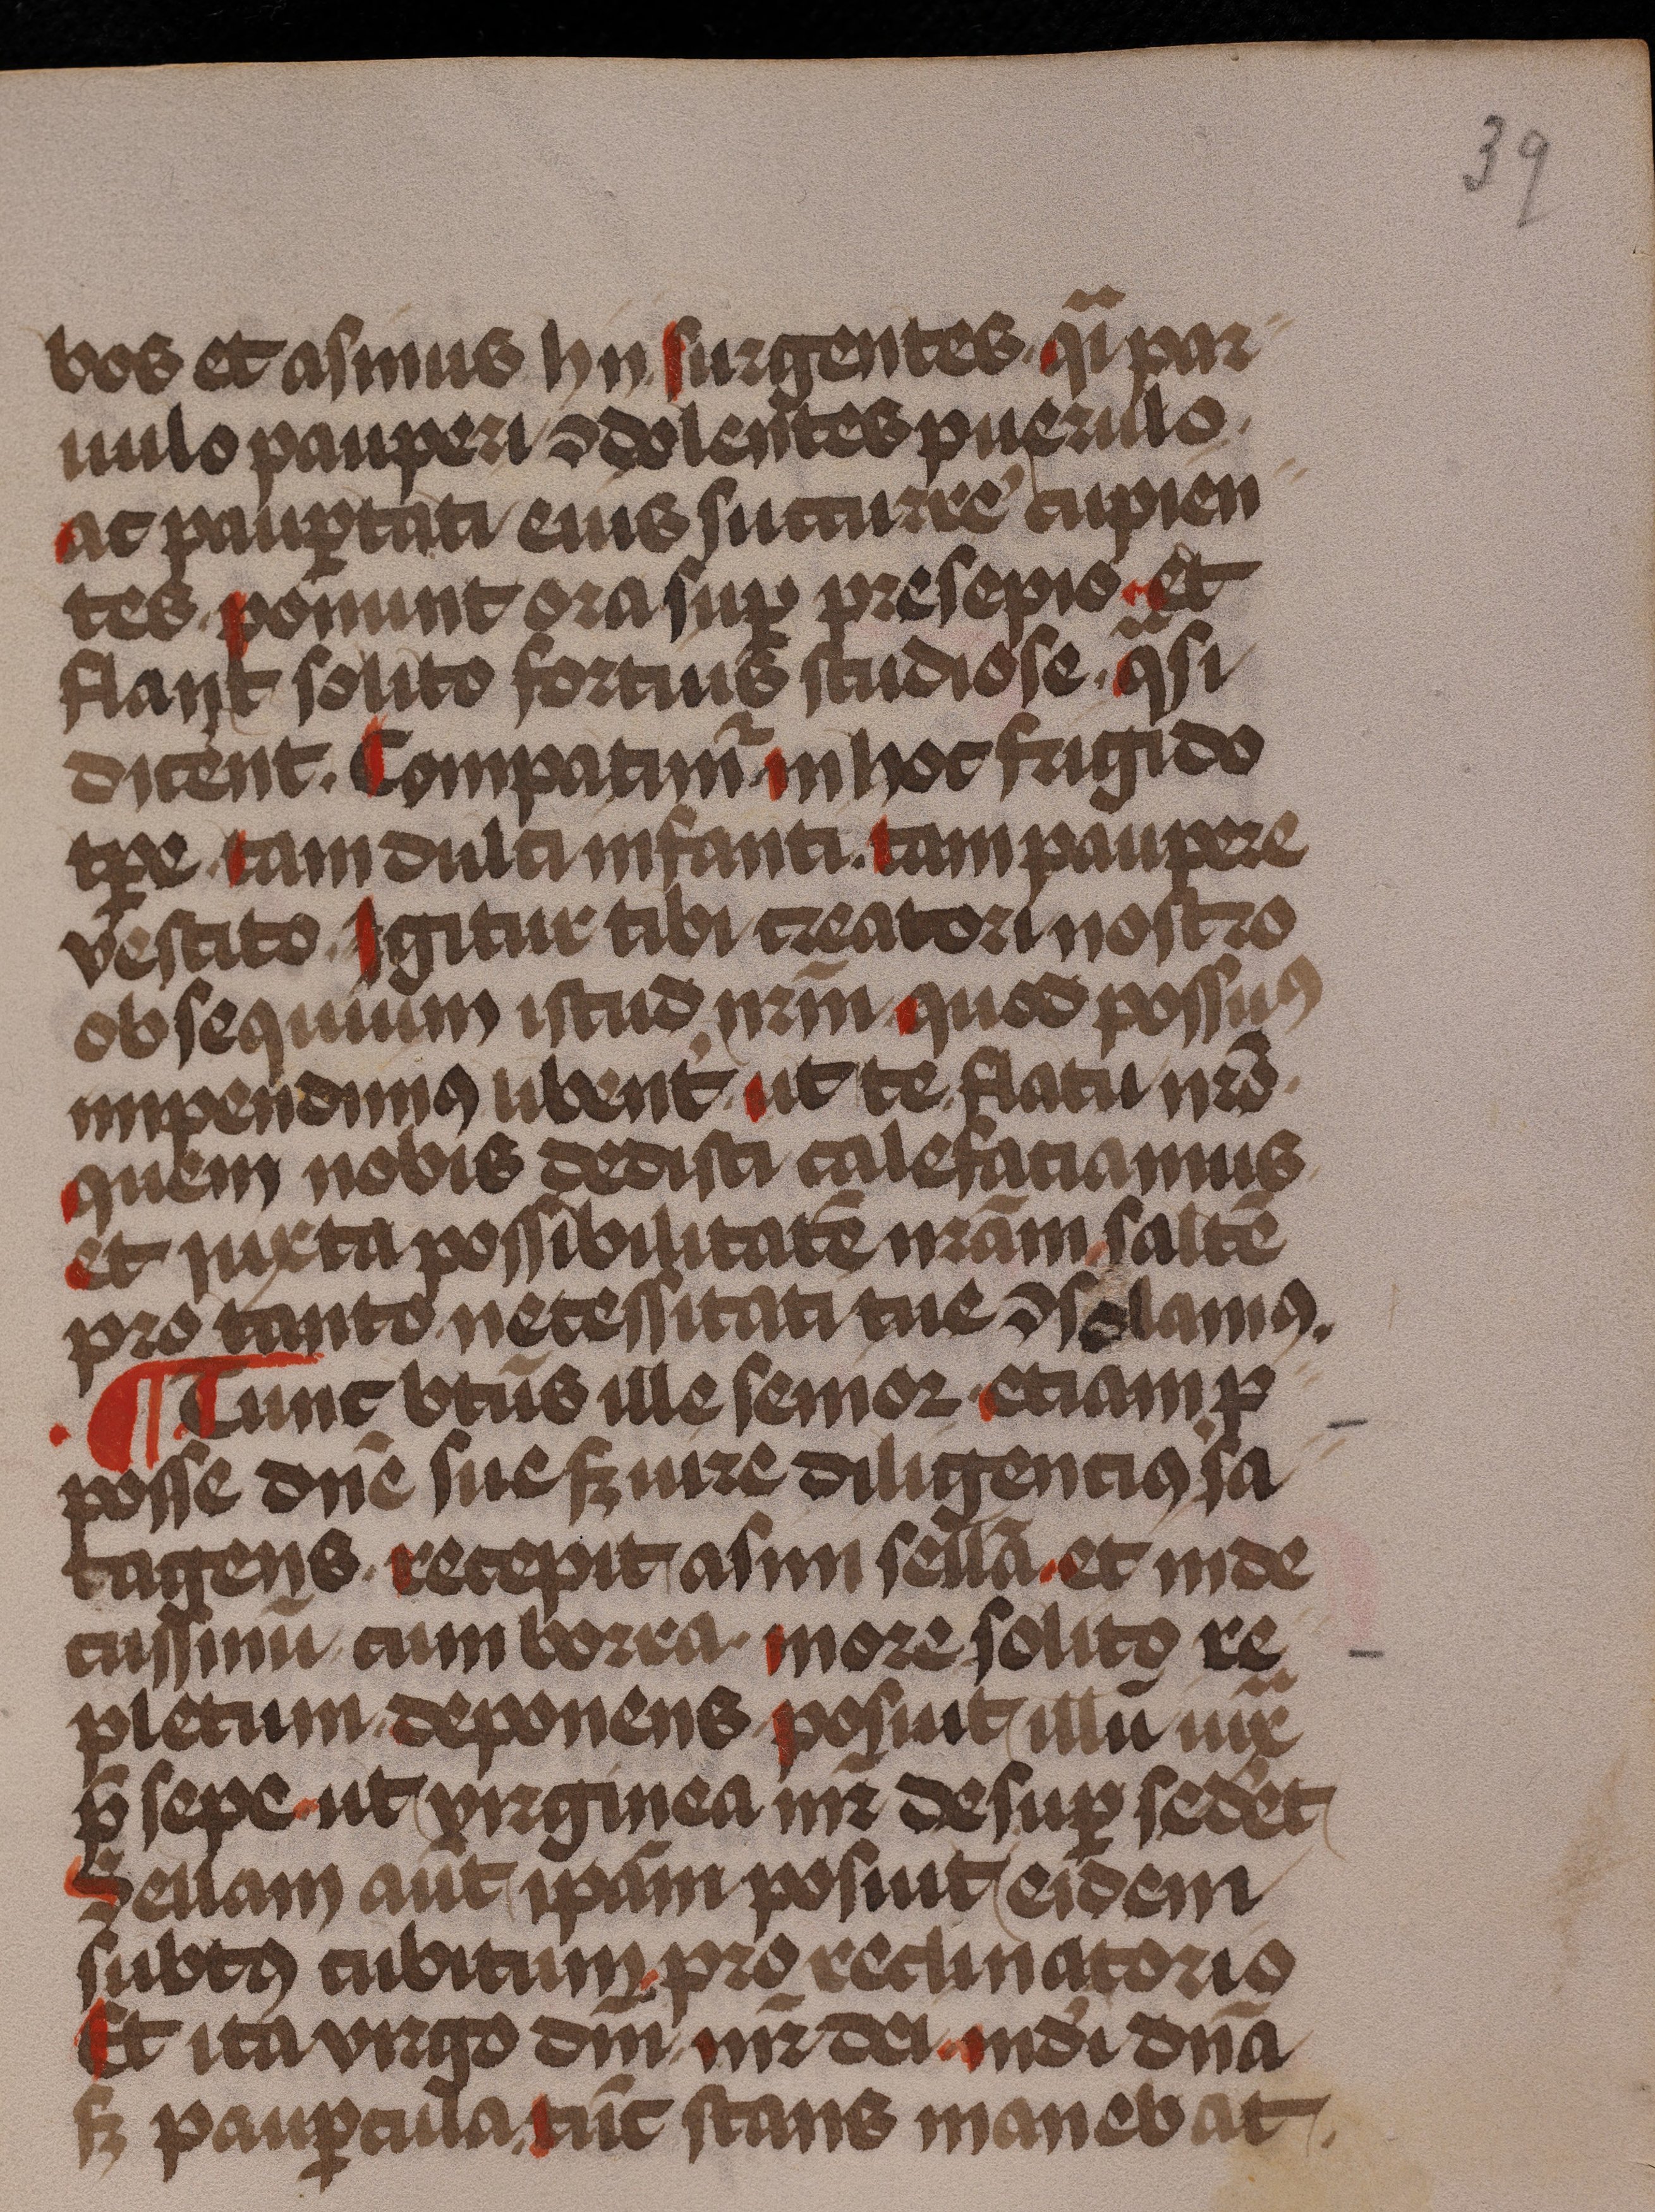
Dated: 1485–1515